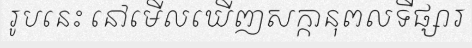
រូបនេះ នៅមើលឃើញសក្កានុពលទីផ្សារ